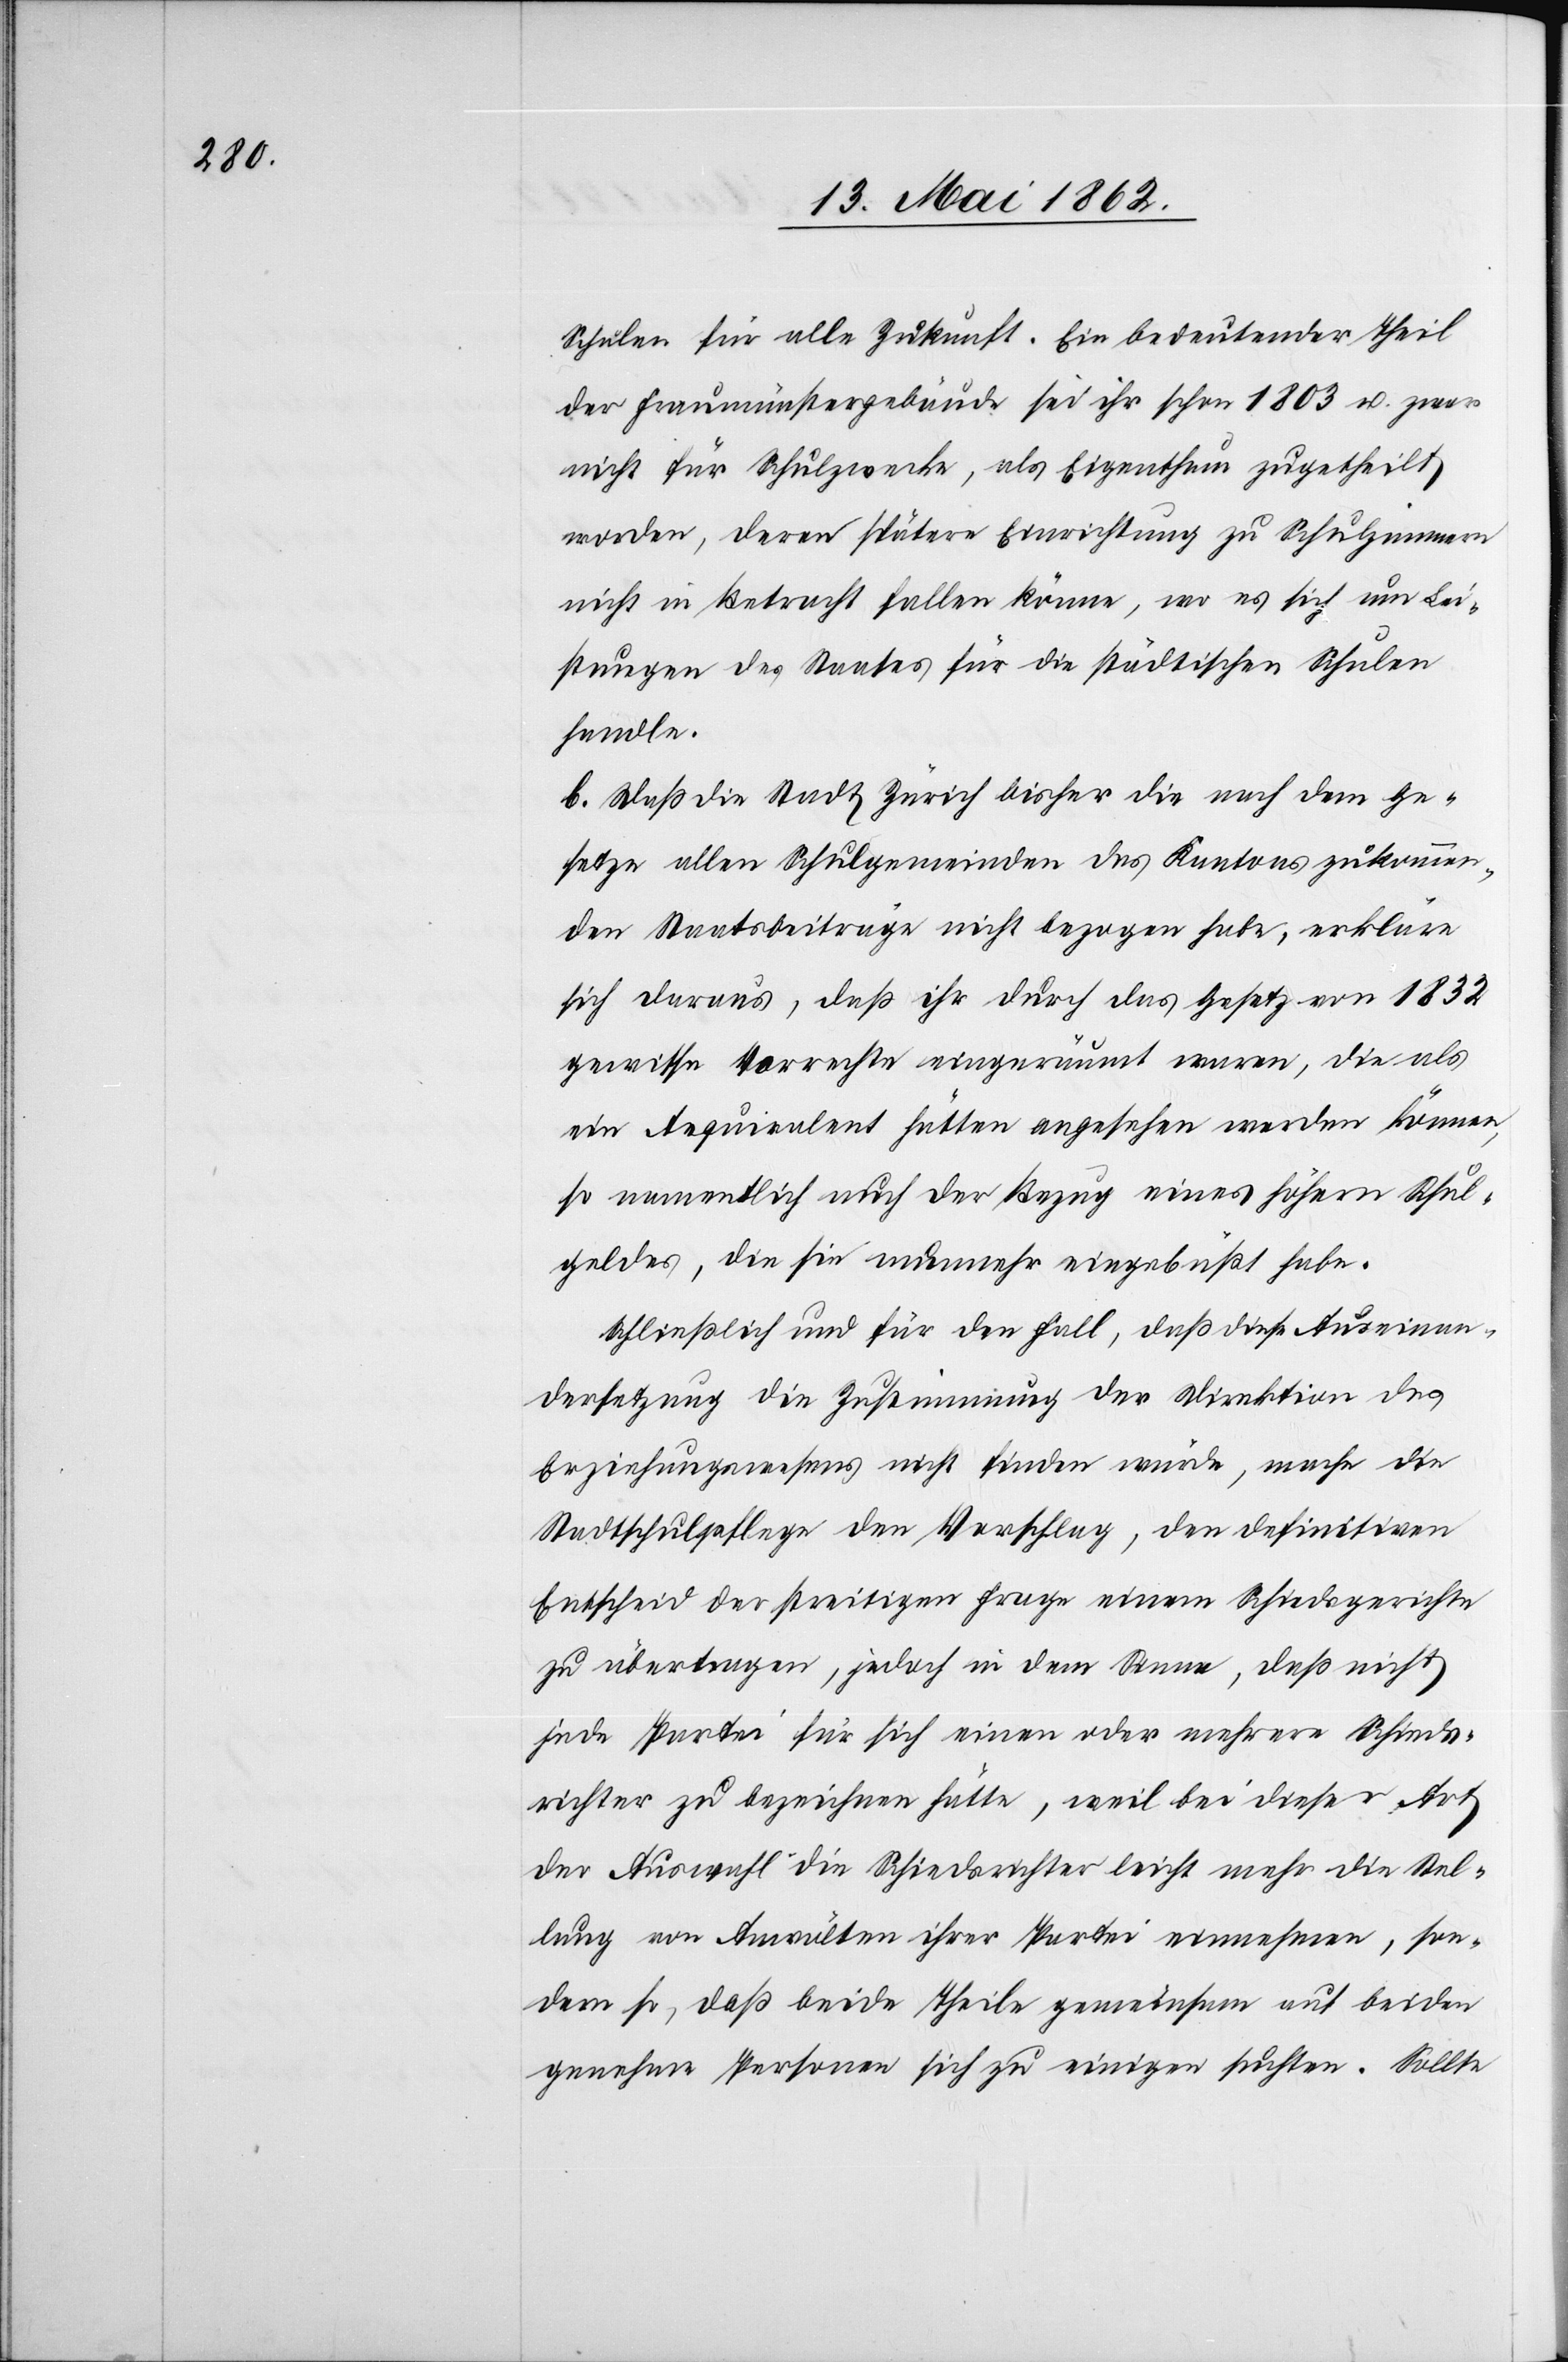
Schulen für alle Zukunft. Ein bedeutender Theil
der Fraumünstergebäude sei ihr schon 1803 u. zwar
nicht für Schulzwecke, als Eigenthum zugetheilt
worden, deren spätere Einrichtung zu Schulzimmern
nicht in Betracht fallen könne, wo es sich um Lei¬
stungen des Staates für die städtischen Schulen
handle.
b. Daß die Stadt Zürich bisher die nach dem Ge¬
setze allen Schulgemeinden des Kantons zukommen¬
den Staatsbeiträge nicht bezogen habe, erkläre
sich daraus, daß ihr durch das Gesetz von 1832
gewisse Vorrechte eingeräumt waren, die als
ein Aequivalent hätten angesehen werden können,
so namentlich auch der Bezug eines höhern Schul¬
geldes, die sie nunmehr eingebüßt habe.
Schließlich und für den Fall, daß diese Auseinan¬
dersetzung die Zustimmung der Direktion des
Erziehungswesens nicht finden würde, mache die
Stadtschulpflege den Vorschlag, den definitiven
Entscheid der streitigen Frage einem Schiedsgerichte
zu übertragen, jedoch in dem Sinne, daß nicht
jede Partei für sich einen oder mehrere Schieds¬
richter zu bezeichnen hätte, weil bei dieser Art
der Auswahl die Schiedsrichter leicht mehr die Stel¬
lung von Anwälten ihrer Partei einnehmen, son¬
dern so, daß beide Theile gemeinsam auf beiden
genehme Personen sich zu einigen suchten. Sollte